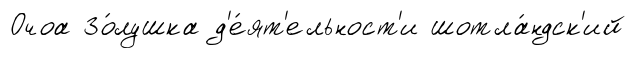
Очоа Зо́лушка д'е́ят'ельност'и шотла́ндск'ий